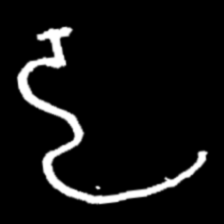
Pyu character \u2014 Myanmar letter: ဠ (romanized: lla)